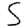
Digit: 5